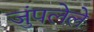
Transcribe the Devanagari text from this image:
जुंपलेले